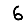
Digit: 6